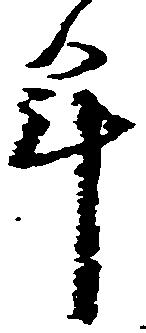
年